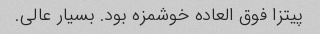
پیتزا فوق العاده خوشمزه بود. بسیار عالی.